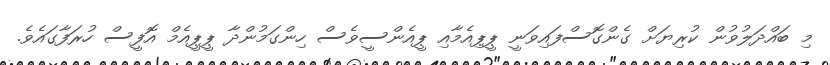
މި ބައްދަލުވުން ކުރިޔަށް ގެންގޮސްފައިވަނީ ޕީޕިއެމާއި ޕީއެންސީވެސް ހިންގަމުންދާ ޕީޕީއެމް އޮފީސް ހުރަފާގައެވެ.